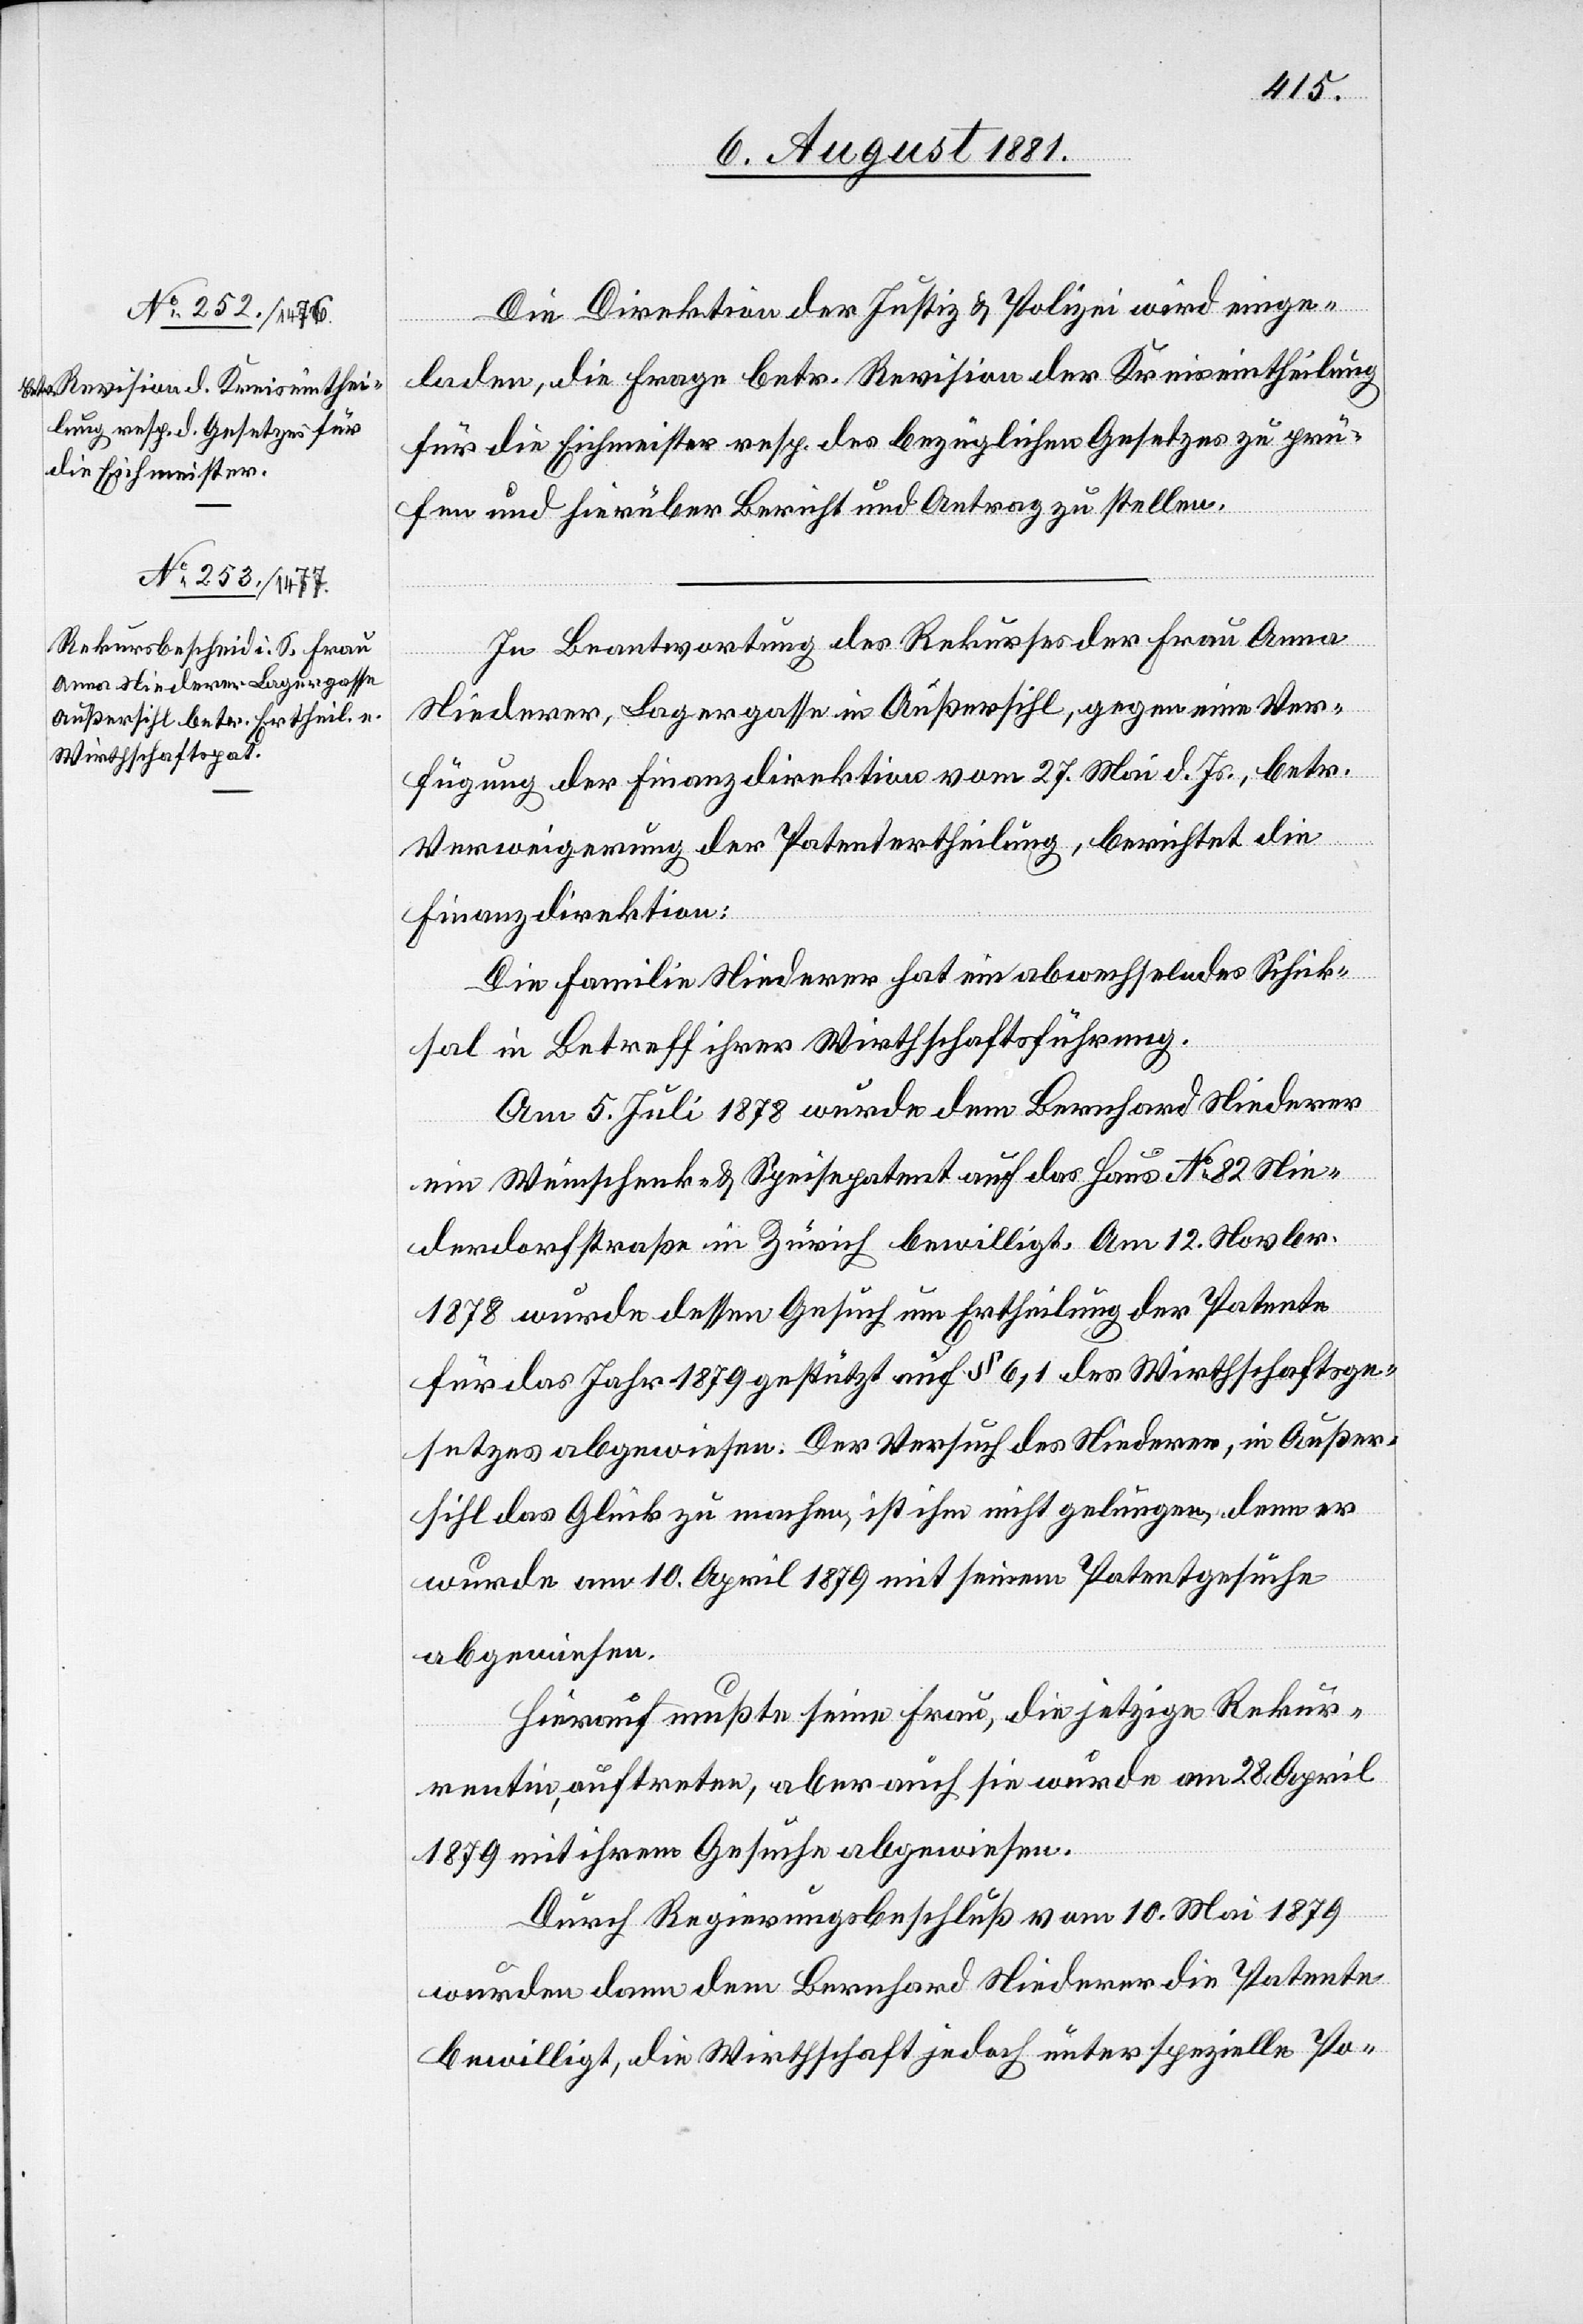
Die Direktion der Justiz & Polizei wird einge¬
laden, die Frage betr. Revision der Kreiseintheilung
für die Eichmeister resp. des bezüglichen Gesetzes zu prü¬
fen und hierüber Bericht und Antrag zu stellen.
In Beantwortung des Rekurses der Frau Anna
Niederer, Lagergasse in Außersihl, gegen eine Ver¬
fügung der Finanzdirektion vom 27. Mai d. Js., betr.
Verweigerung der Patentertheilung, berichtet die
Finanzdirektion:
Die Familie Niederer hat ein abwechselndes Schick¬
sal in Betreff ihrer Wirthschaftsführung.
Am 5. Juli 1878 wurde dem Bernhard Niederer
ein Weinschenk- & Speisepatent auf das Haus No 82 Nie¬
derdorfstraße in Zürich bewilligt. Am 12. November
1878 wurde dessen Gesuch um Ertheilung der Patente
für das Jahr 1879 gestützt auf § 6, 1 des Wirthschaftsge¬
setzes abgewiesen. Der Versuch des Niederer, in Außer¬
sihl das Glück zu machen, ist ihm nicht gelungen, denn er
wurde am 10. April 1879 mit seinem Patentgesuche
abgewiesen.
Hierauf mußten seine Frau, die jetzige Rekur¬
rentin, auftreten, aber auch sie wurde am 28. April
1879 mit ihrem Gesuche abgewiesen.
Durch Regierungsbeschluß vom 10. Mai 1879
wurden dann dem Bernhard Niederer die Patente
bewilligt, die Wirthschaft jedoch unter spezielle Po-